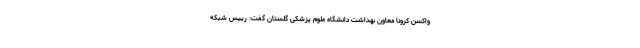
واکسن کرونا معاون بهداشت دانشگاه علوم پزشکی گلستان گفت: رییس شبکه